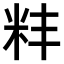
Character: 𫂶